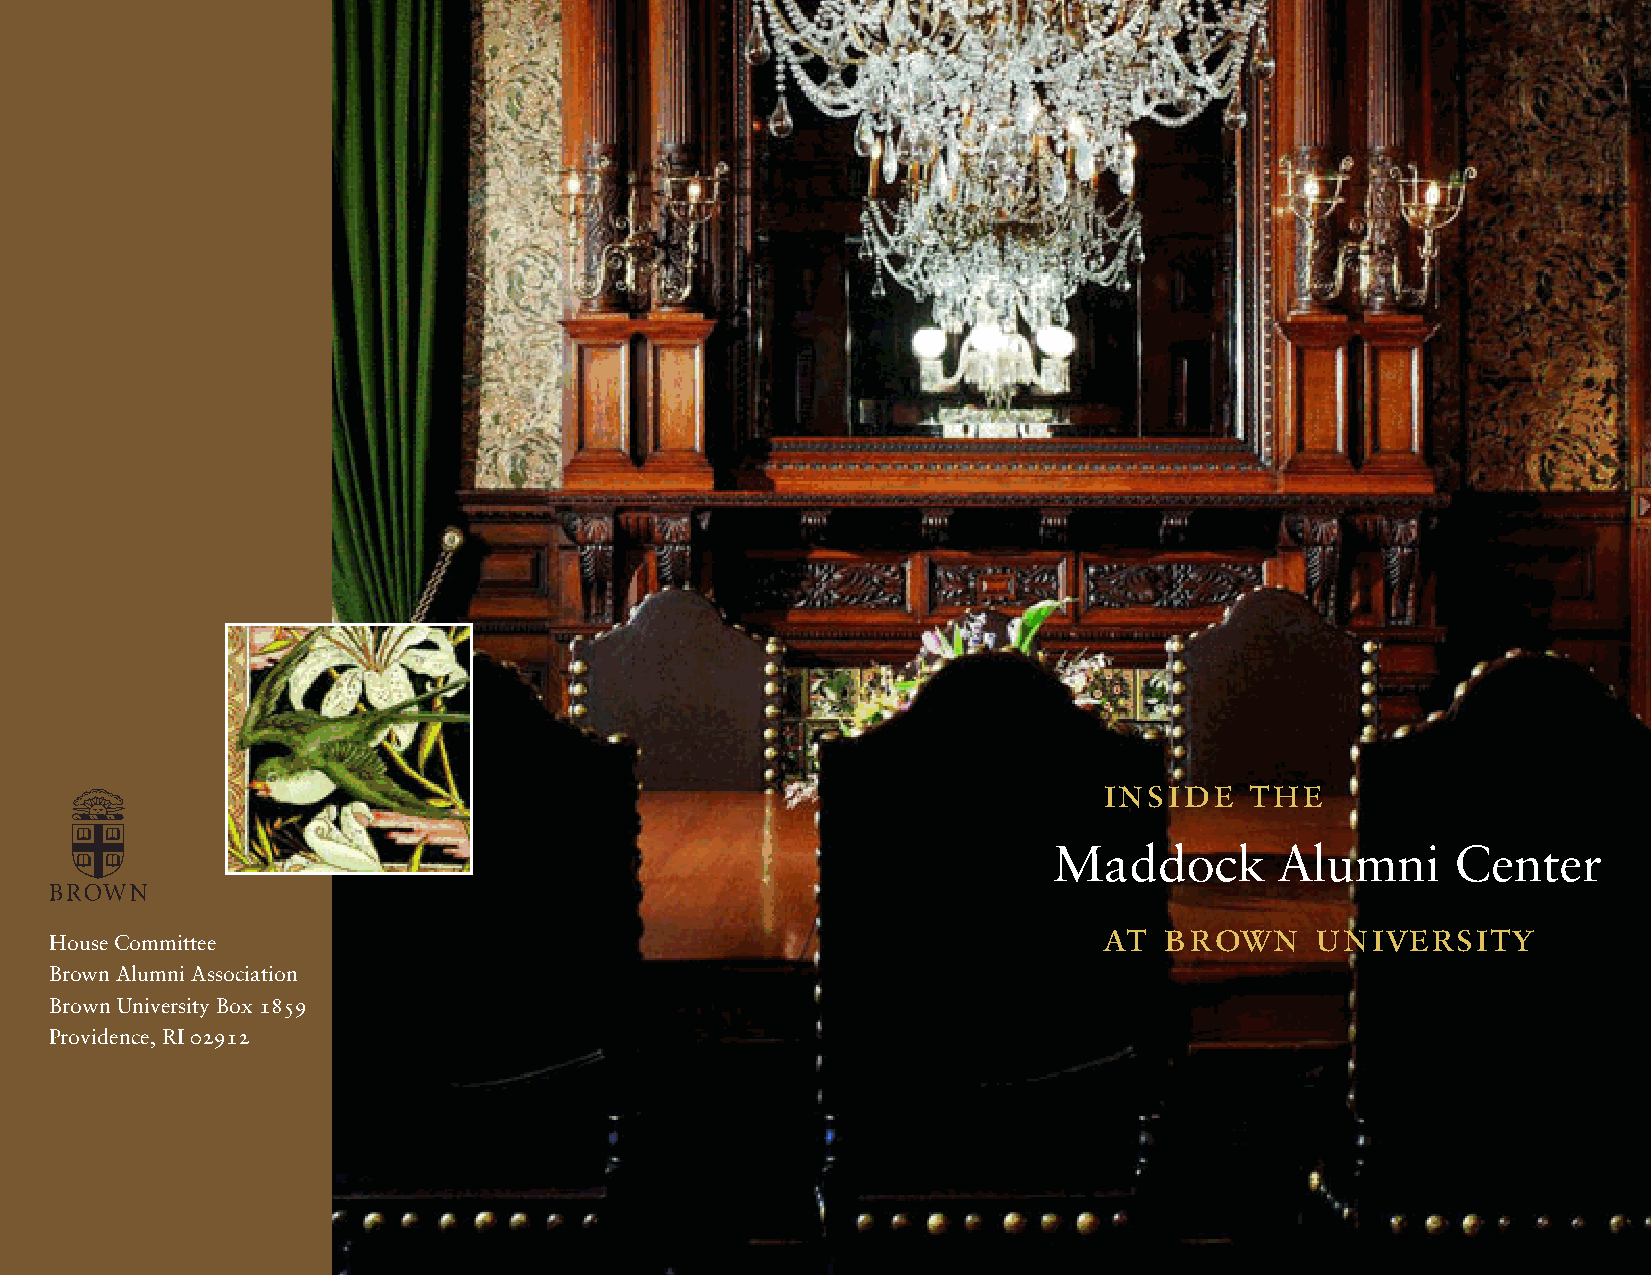
inside    the
 Maddock       Alumni      Center
 House Com-
 at  brown     university
 House Committemeittee
 Brown Alumni ABsrsoowcination
 Brown UniversityA lBuomxn 1i 8A5s9so-
 Providence, RI 0c2i9a1ti2on
 Brown Uni-
 versity Box
 1859